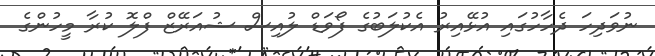
ނުވަދިހަ ދެހާހުގައި އުޅޭއިރު އެކުލަބުގެ ފޯވަޑް ލުއިސް ޝުއަރޭޒް ފްލޮ ކުރާ މީހުންގެ